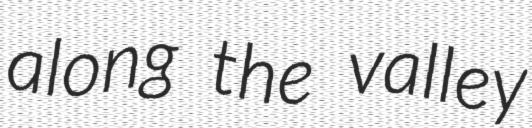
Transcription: along the valley